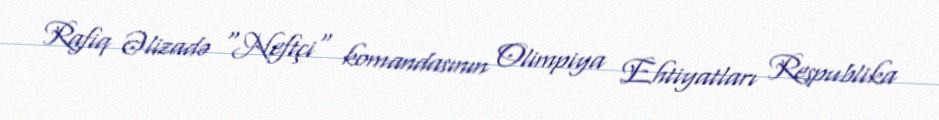
Rafiq Əlizadə "Neftçi" komandasının Olimpiya Ehtiyatları Respublika